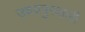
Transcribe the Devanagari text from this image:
उदयपुरवाली